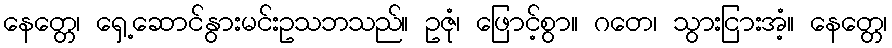
နေတ္တေ၊ ရှေ့ဆောင်နွားမင်းဥသဘသည်။ ဥဇုံ၊ ဖြောင့်စွာ။ ဂတေ၊ သွားငြားအံ့။ နေတ္တေ၊